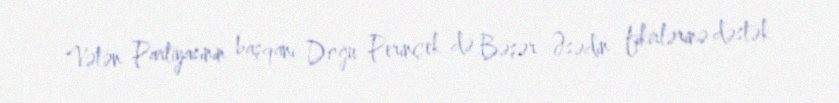
Vətən Partiyasının başqanı Doğu Perinçek də Bəşər Əsədin fikirlərinə dəstək